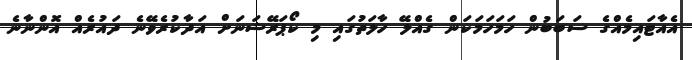
އެއާޓައިމެއްގެ ސަބަބުން ހަމަަހަމަކަން ގެއްލޭ ހާލަތުގައި މި ކޯޕަރޭޝަނަށް އަދާކުރެވޭނެ ދައުރެއް އޮންނާނެ